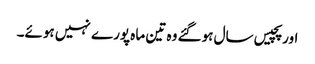
اور پچیس سال ہوگئے وہ تین ماہ پورے نہیں ہوئے۔